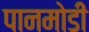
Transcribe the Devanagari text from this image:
पानमोडी